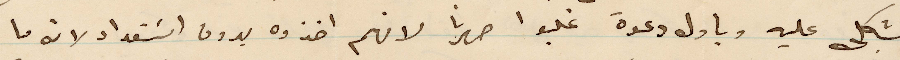
تشكى عليه وباول دعوة غلبوا صهرنا لانهم اخذوه بدون استعداد لانه ما